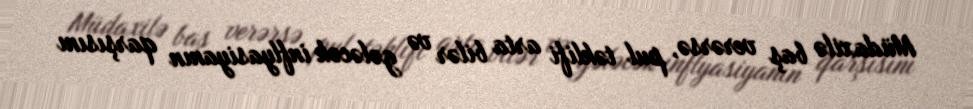
Müdaxilə baş verərsə, pul təklifi arta bilər və gələcək inflyasiyanın qarşısını